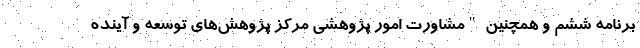
برنامه ششم و همچنین "مشاورت امور پژوهشی مرکز پژوهش‌های توسعه و آینده